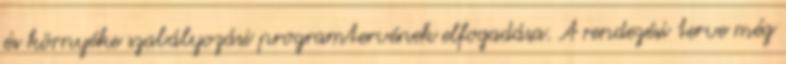
és környéke szabályozási programtervének elfogadása. A rendezési terve még